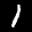
Label: 1